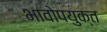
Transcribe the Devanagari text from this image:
भावोपयुक्त